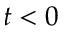
t < 0